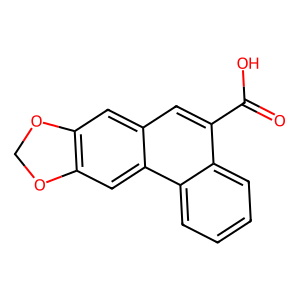
SMILES: O=C(O)c1cc2cc3c(cc2c2ccccc12)OCO3
Inhibits HIV replication: No